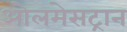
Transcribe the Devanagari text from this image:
ओलमेसट्रान